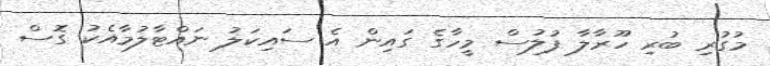
މުގުރި ބުރި ހޫރާލާ ފުލުސް މީހާގެ ގައިން އެ ސައިކަލު ނައްޓާލުމާއެކު ގޮސް